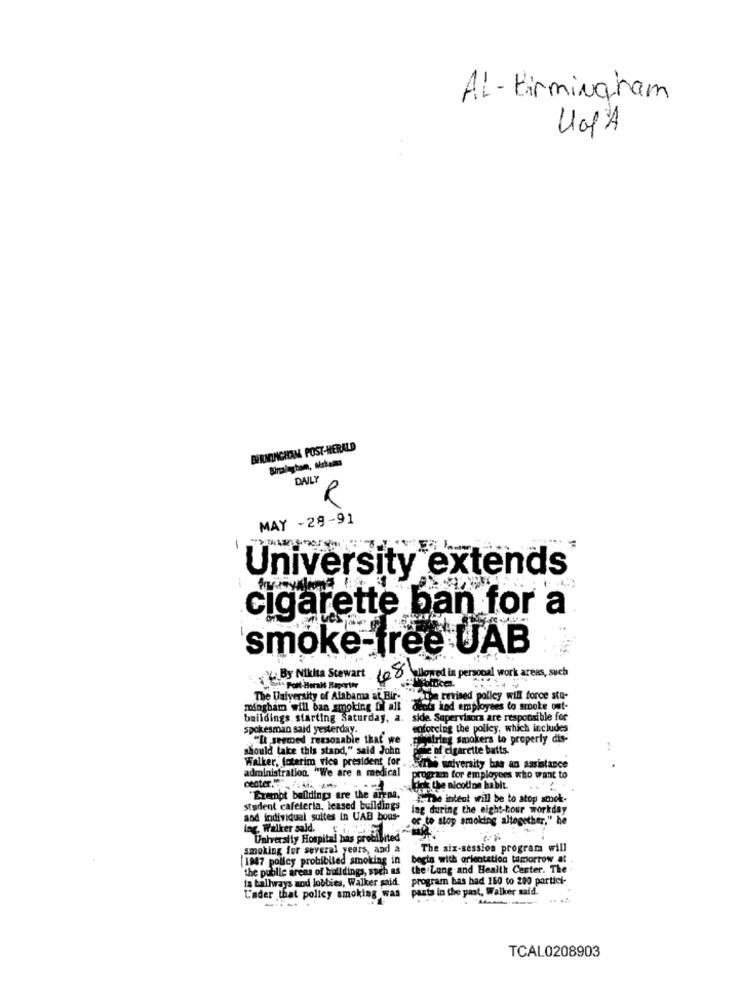
AL - Birmingham
BIRMINGHAM POST-HERALD
DAILY
MAY -29-91
-
University extends
cigarette ban for a
smoke free UAB
By Nikita Stewart 18 allowed in personal work areas, such
offke.
The University of Alabama at Bir-
the terised polley will force sta-
mingham will ban smoking fil all dends and employees to smoke out-
buildings starting Saturday, a. side. Supervisora are responsible for
spokesman said yesterday.
forcing the policy, which includes
"It seemed reasonable that we
string smokers to properly dis-
should take this stand," said John
enf cigarette butts."
administration. "We are a medical
Walker, foterim vice president for mis university has an assistance
program for employees who want to
center
dol the nicotine habit.
"Erenbt balldings are the arena,
4,The intent will be to atop smok-
student cafeteria, leased buildings
ing during the eight-hour workday
and individual suites in UAB bous-
or to stop smoking altogether," he
ing. Walker said.
University Hospital has probleited
smoking for several years, and a
The six-session program will
[1947 policy prohibited smoking in
begin with orientation tomorrow at
the public areas of buildings, such as
the Lung and Health Center. The
fa ballways aod lobbies, Walker said.
program bas had 150 to 200 partici-
pasts in the past, Walker said.
L'ader that policy smoking was
-
TCAL0208903